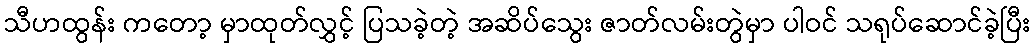
သီဟထွန်း ကတော့ မှာထုတ်လွှင့် ပြသခဲ့တဲ့ အဆိပ်သွေး ဇာတ်လမ်းတွဲမှာ ပါဝင် သရုပ်ဆောင်ခဲ့ပြီး